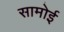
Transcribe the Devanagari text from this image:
सामोई